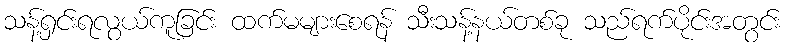
သန့်ရှင်းရလွယ်ကူခြင်း ထက်မများစေရန် သီးသန့်နယ်တစ်ခု သည်ရက်ပိုင်းအတွင်း